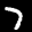
Label: 7